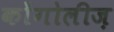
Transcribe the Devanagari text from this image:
कोंगोलीज़